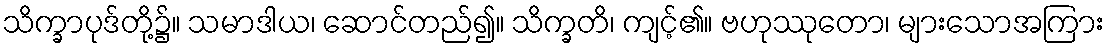
သိက္ခာပုဒ်တို့၌။ သမာဒါယ၊ ဆောင်တည်၍။ သိက္ခတိ၊ ကျင့်၏။ ဗဟုဿုတော၊ များသောအကြား